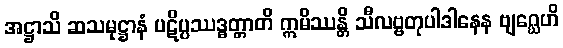
အဋ္ဌာသိ ဆသမုဋ္ဌာနံ ပဋိပ္ပဿဒ္ဓတ္တာတိ ဣမိဿန္တိ သီလဗ္ဗတုပါဒါနေန ဗျဂ္ဃေဟိ